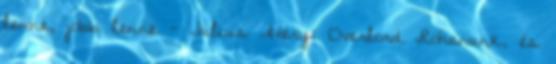
lenne, jobb lenne - Julius Avery: Overlord „Rohanunk, és